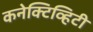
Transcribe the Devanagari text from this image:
कनेक्टिव्हिटी